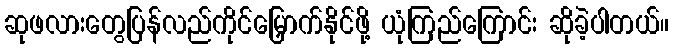
ဆုဖလားတွေပြန်လည်ကိုင်မြှောက်နိုင်ဖို့ ယုံကြည်ကြောင်း ဆိုခဲ့ပါတယ်။